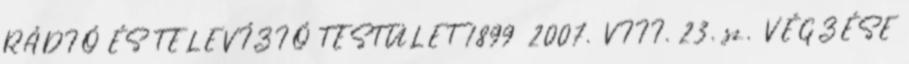
RÁDIÓ ÉS TELEVÍZIÓ TESTÜLET 1899 2007. VIII. 23. sz. VÉGZÉSE